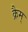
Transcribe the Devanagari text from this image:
क्रैम्